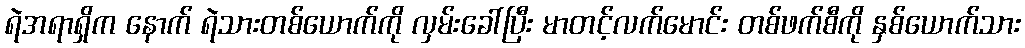
ရဲအရာရှိက နောက် ရဲသားတစ်ယောက်ကို လှမ်းခေါ်ပြီး မာတင့်လက်မောင်း တစ်ဖက်စီကို နှစ်ယောက်သား